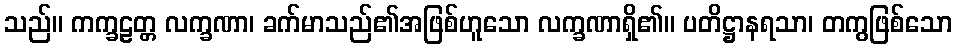
သည်။ ကက္ခဠတ္တ လက္ခဏာ၊ ခက်မာသည်၏အဖြစ်ဟူသော လက္ခဏာရှိ၏။ ပတိဋ္ဌာနရသာ၊ တကွဖြစ်သော